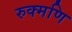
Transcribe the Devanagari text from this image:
रुक्मणि